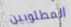
المطلوبين